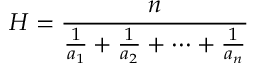
H = { \frac { n } { { \frac { 1 } { a _ { 1 } } } + { \frac { 1 } { a _ { 2 } } } + \cdots + { \frac { 1 } { a _ { n } } } } }